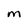
Character: m